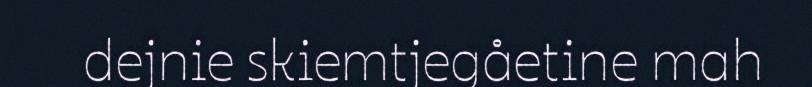
dejnie skiemtjegåetine mah